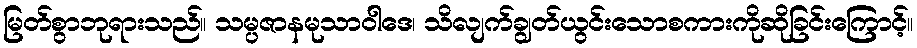
မြတ်စွာဘုရားသည်။ သမ္ပဇာနမုသာဝါဒေ၊ သိလျက်ချွတ်ယွင်းသောစကားကိုဆိုခြင်းကြောင့်။